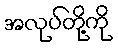
အလုပ်တို့ကို